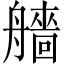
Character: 艢